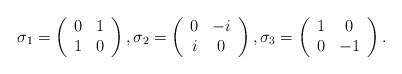
\begin{align*}\sigma_1=\left(\begin{array}{cc}0&1\\1&0\end{array}\right), \sigma_2=\left(\begin{array}{cc}0&-i\\i&0\end{array}\right), \sigma_3=\left(\begin{array}{cc}1&0\\0&-1\end{array}\right) .\end{align*}